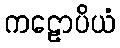
ကဠောပိယံ